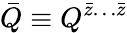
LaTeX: \bar{Q}\equiv Q^{\bar{z}\ldots\bar{z}}